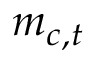
m _ { c , t }